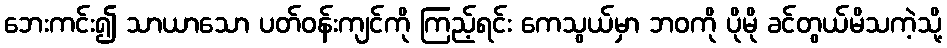
ဘေးကင်း၍ သာယာသော ပတ်ဝန်းကျင်ကို ကြည့်ရင်း ကေသွယ်မှာ ဘဝကို ပိုမို ခင်တွယ်မိသကဲ့သို့